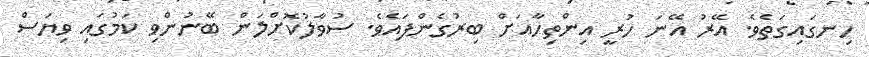
ހިނގައިގަތެވެ. އޭރު އޭނަ ހުރީ އިންތިހާއަށް ބިރުގެންފައެވެ. ސުވާލުކޮށްލަން ބޭނުންވި ކަމުގައި ވިޔަސް